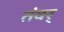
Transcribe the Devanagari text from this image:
तंवर्